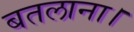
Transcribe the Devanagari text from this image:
बतलाना।